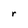
Character: r